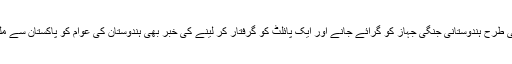
اسی طرح ہندوستانی جنگی جہاز کو گرائے جانے اور ایک پائلٹ کو گرفتار کر لینے کی خبر بھی ہندوستان کی عوام کو پاکستان سے ملی۔